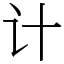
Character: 计